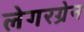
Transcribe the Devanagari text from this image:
लेगरग्रेन